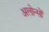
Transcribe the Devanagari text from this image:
अलोन्सों